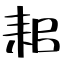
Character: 耜